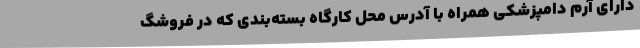
دارای آرم دامپزشکی همراه با آدرس محل کارگاه بسته‌بندی که در فروشگ